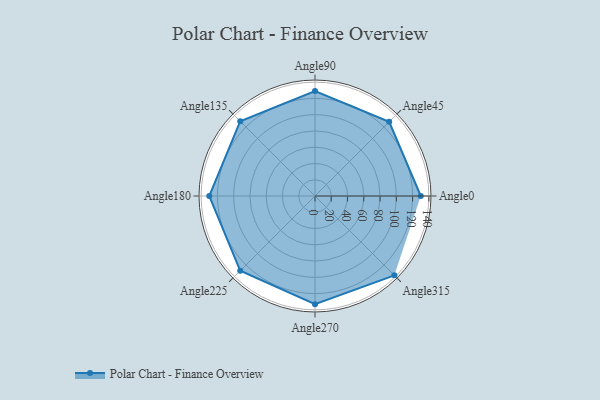
{"axis": {"x": "Angle", "y": "Radius"}, "legend": [""], "data": [{"x": "Angle0", "y": 130.0, "type": ""}, {"x": "Angle45", "y": 129.0, "type": ""}, {"x": "Angle90", "y": 129.0, "type": ""}, {"x": "Angle135", "y": 130.0, "type": ""}, {"x": "Angle180", "y": 130.0, "type": ""}, {"x": "Angle225", "y": 130.0, "type": ""}, {"x": "Angle270", "y": 133.0, "type": ""}, {"x": "Angle315", "y": 138.0, "type": ""}]}